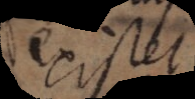
existet